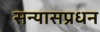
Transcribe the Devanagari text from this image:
सन्यासप्रधन